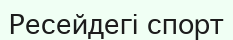
Ресейдегі спорт